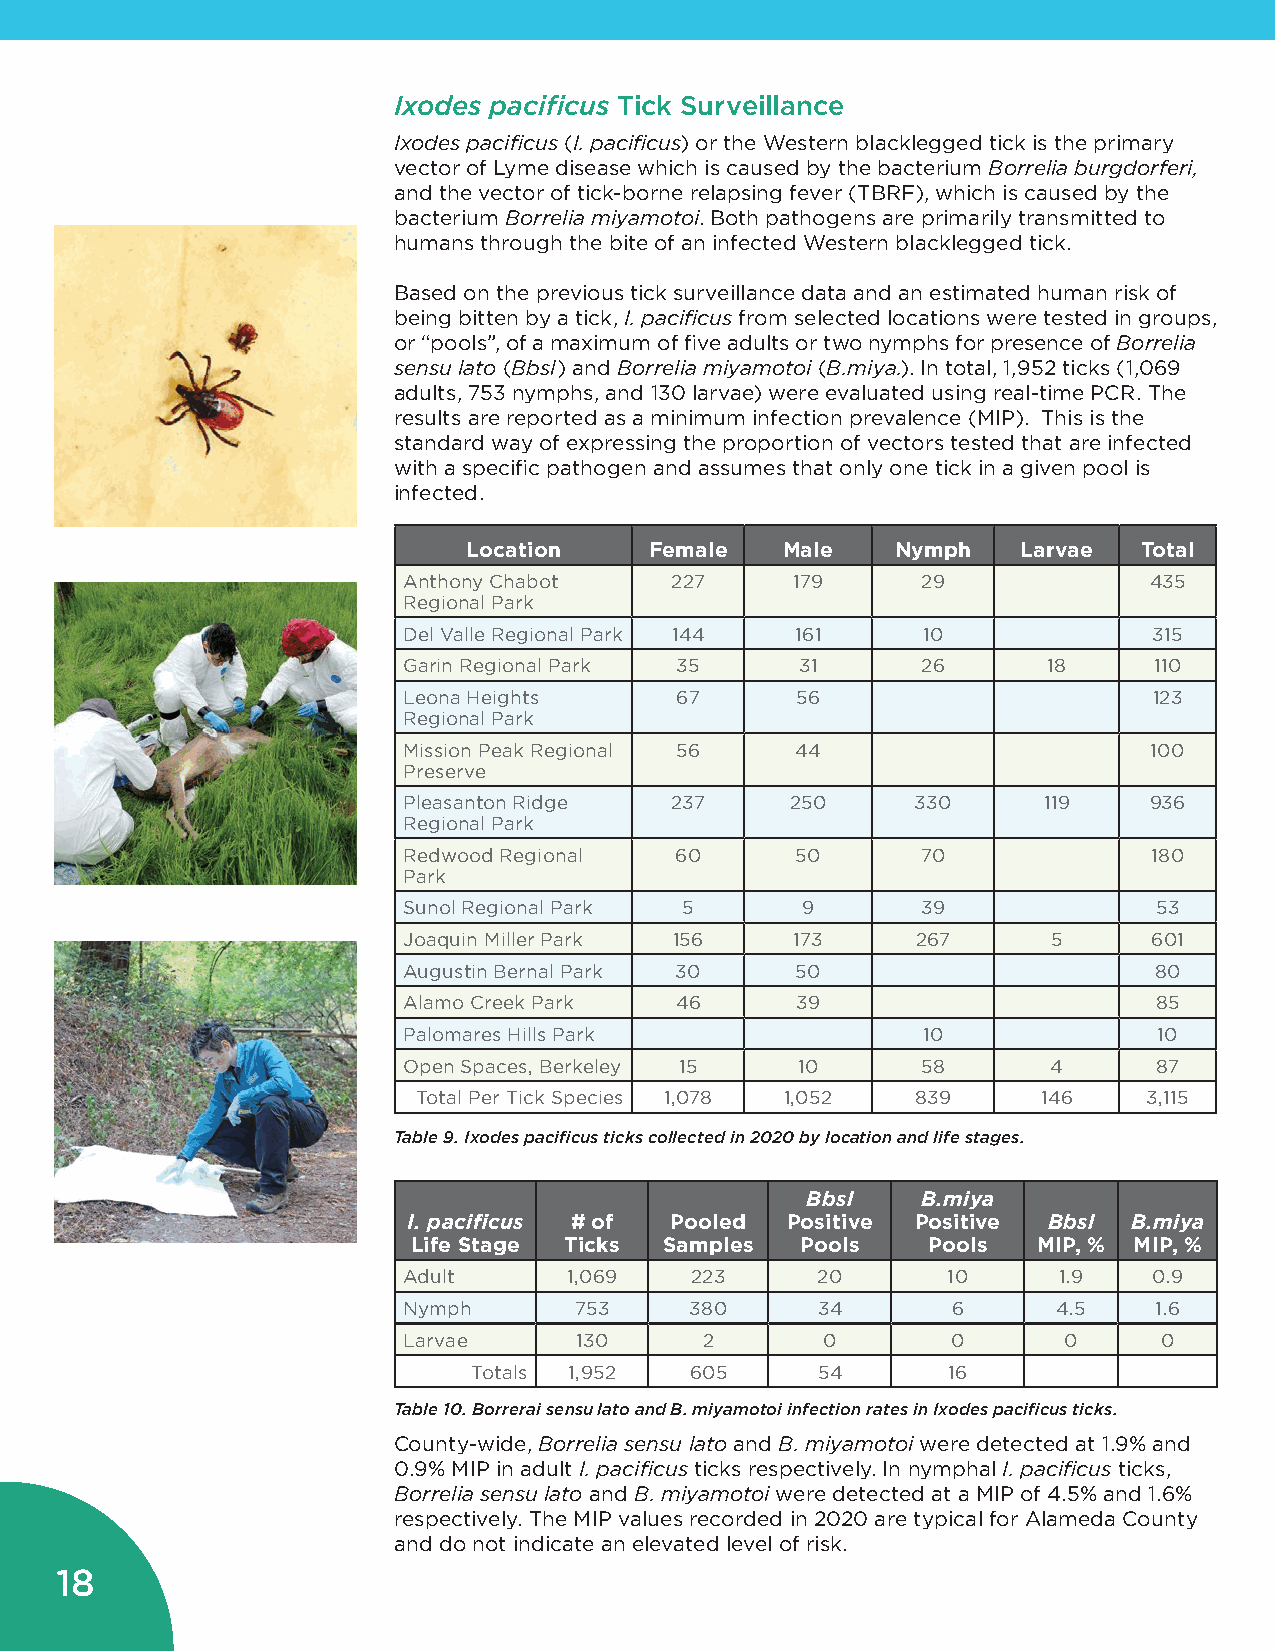
Ixodes pacificus Tick Surveillance
 Ixodes pacificus (I. pacificus) or the Western blacklegged tick is the primary
 vector of Lyme disease which is caused by the bacterium Borrelia burgdorferi,
 and the vector of tick-borne relapsing fever (TBRF), which is caused by the
 bacterium Borrelia miyamotoi. Both pathogens are primarily transmitted to
 humans through the bite of an infected Western blacklegged tick.
 Based on the previous tick surveillance data and an estimated human risk of
 being bitten by a tick, I. pacificus from selected locations were tested in groups,
 or “pools”, of a maximum of five adults or two nymphs for presence of Borrelia
 sensu lato (Bbsl) and Borrelia miyamotoi (B.miya.). In total, 1,952 ticks (1,069
 adults, 753 nymphs, and 130 larvae) were evaluated using real-time PCR. The
 results are reported as a minimum infection prevalence (MIP). This is the
 standard way of expressing the proportion of vectors tested that are infected
 with a specific pathogen and assumes that only one tick in a given pool is
 infected.
 Location    Female   Male   Nymph    Larvae  Total
 Anthony Chabot   227      179     29             435
 Regional Park
 Del Valle Regional Park 144 161   10             315
 Garin Regional Park 35    31      26      18     110
 Leona Heights     67      56                     123
 Regional Park
 Mission Peak Regional 56  44                     100
 Preserve
 Pleasanton Ridge 237     250      330     119    936
 Regional Park
 Redwood Regional  60      50      70             180
 Park
 Sunol Regional Park 5     9       39              53
 Joaquin Miller Park 156   173     267      5     601
 Augustin Bernal Park 30   50                     80
 Alamo Creek Park  46      39                      85
 Palomares Hills Park              10              10
 Open Spaces, Berkeley 15  10      58       4      87
 Total Per Tick Species 1,078 1,052 839   146    3,115
 Table 9. Ixodes pacificus ticks collected in 2020 by location and life stages.
 Bbsl    B.miya
 I. pacificus # of Pooled Positive Positive Bbsl B.miya
 Life Stage Ticks Samples  Pools   Pools   MIP, % MIP, %
 Adult      1,069   223     20       10     1.9   0.9
 Nymph      753     380     34       6      4.5   1.6
 Larvae     130      2      0        0      0      0
 Totals 1,952   605     54       16
 Table 10. Borrerai sensu lato and B. miyamotoi infection rates in Ixodes pacificus ticks.
 County-wide, Borrelia sensu lato and B. miyamotoi were detected at 1.9% and
 0.9% MIP in adult I. pacificus ticks respectively. In nymphal I. pacificus ticks,
 Borrelia sensu lato and B. miyamotoi were detected at a MIP of 4.5% and 1.6%
 respectively. The MIP values recorded in 2020 are typical for Alameda County
 and do not indicate an elevated level of risk.
 18